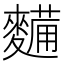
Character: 𮮀